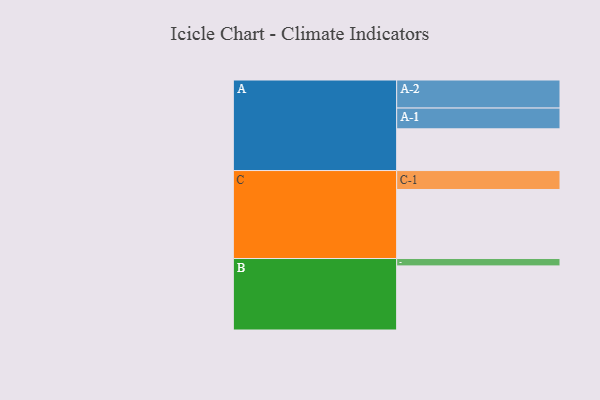
{"axis": {"x": "Segment", "y": "Value"}, "legend": ["", "A", "B", "C"], "data": [{"x": "A", "y": 339, "type": ""}, {"x": "B", "y": 521, "type": ""}, {"x": "C", "y": 561, "type": ""}, {"x": "A-1", "y": 169, "type": "A"}, {"x": "A-2", "y": 228, "type": "A"}, {"x": "B-1", "y": 60, "type": "B"}, {"x": "C-1", "y": 154, "type": "C"}]}